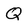
Character: Q